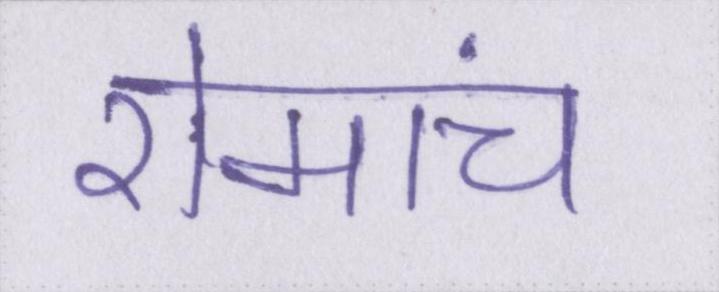
रोमांच